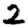
Digit: 2